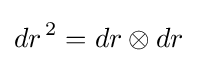
dr^{\,2}=dr\otimes dr